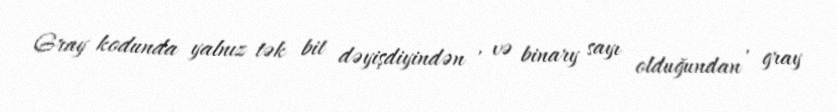
Gray kodunda yalnız tək bit dəyişdiyindən , və binary sayı olduğundan , gray